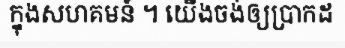
ក្នុងសហគមន៍ ។ យើងចង់ឲ្យប្រាកដ